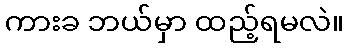
ကားခ ဘယ်မှာ ထည့်ရမလဲ။